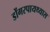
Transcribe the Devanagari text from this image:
डोंगरपायथ्यास